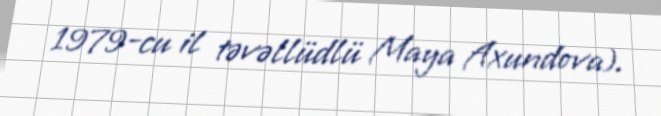
1979-cu il təvəllüdlü Maya Axundova).